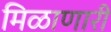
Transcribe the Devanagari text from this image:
मिळाणारी